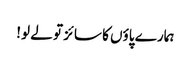
ہمارے پاؤں کا سائز تو لے لو!